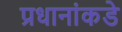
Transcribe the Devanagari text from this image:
प्रधानांकडे